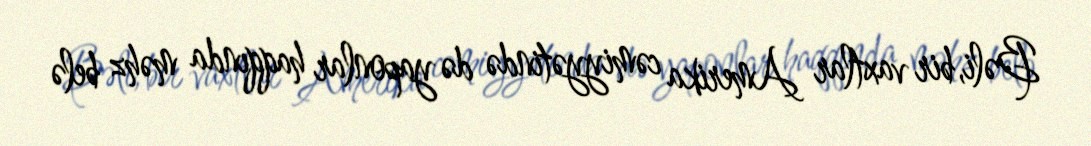
Bəli, bir vaxtlar Amerika cəmiyyətində də yaponlar haqqında məhz belə